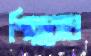
শিল্পবোধ